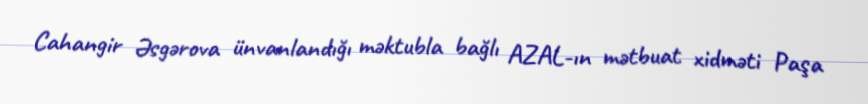
Cahangir Əsgərova ünvanlandığı məktubla bağlı AZAL-ın mətbuat xidməti Paşa